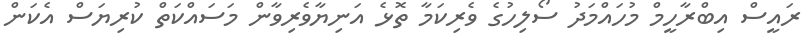
ރައީސް އިބްރާހީމް މުހައްމަދު ސޯލިހުގެ ވެރިކަމާ ތޮޅެ އަނިޔާވެރިވާން މަސައްކަތް ކުރިޔަސް އެކަން